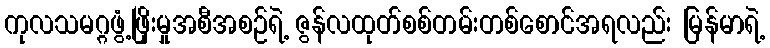
ကုလသမဂ္ဂဖွံ့ဖြိုးမှုအစီအစဉ်ရဲ့ ဇွန်လထုတ်စစ်တမ်းတစ်စောင်အရလည်း မြန်မာရဲ့